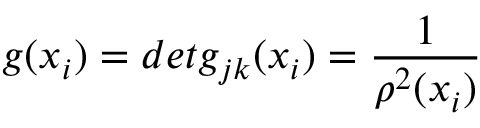
g ( x _ { i } ) = d e t g _ { j k } ( x _ { i } ) = \frac { 1 } { \rho ^ { 2 } ( x _ { i } ) }